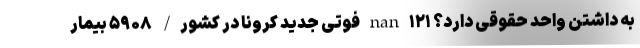
به داشتن واحد حقوقی دارد؟ nan ۱۲۱ فوتی جدید کرونا در کشور/ ۵۹۰۸ بیمار